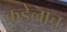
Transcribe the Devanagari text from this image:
कडेलाच